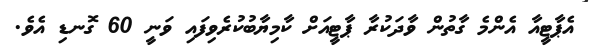
އެޕާޓީއާ އެންމެ ގާތުން ވާދަކުރާ ޕާޓީއަށް ކާމިޔާބުކުރެވިފައި ވަނީ 60 ގޮނޑި އެވެ.